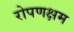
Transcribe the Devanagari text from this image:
रोपणक्षम